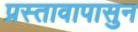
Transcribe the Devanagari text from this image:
प्रस्तावापासुन